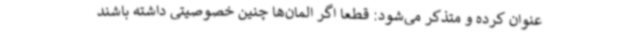
عنوان کرده و متذکر می‌شود: قطعاً اگر المان‌ها چنین خصوصیتی داشته باشند